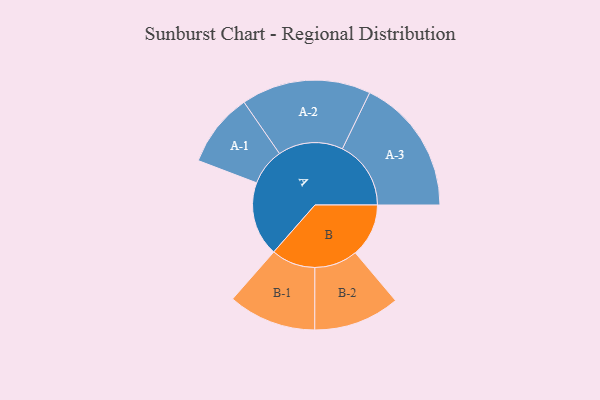
{"axis": {"x": "Segment", "y": "Value"}, "legend": ["", "A", "B"], "data": [{"x": "A", "y": 304, "type": ""}, {"x": "B", "y": 218, "type": ""}, {"x": "A-1", "y": 151, "type": "A"}, {"x": "A-2", "y": 265, "type": "A"}, {"x": "A-3", "y": 280, "type": "A"}, {"x": "B-1", "y": 180, "type": "B"}, {"x": "B-2", "y": 176, "type": "B"}]}